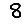
Digit: 8